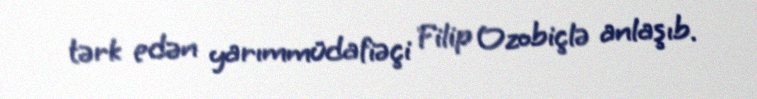
tərk edən yarımmüdafiəçi Filip Ozobiçlə anlaşıb.